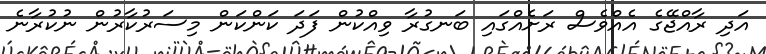
އަދި ރާއްޖޭގެ އެއްވެސް ރަށެއްގައި ބަނގުރާ ވިއްކުން ފަދަ ކަންކަން މިސަރުކާރުން ނުކުރާނެ